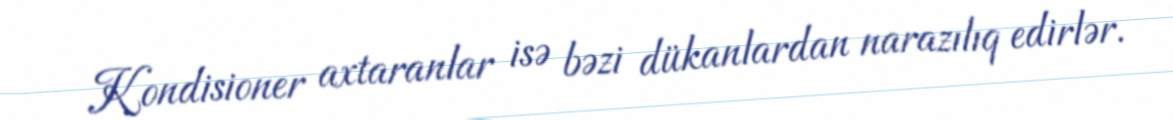
Kondisioner axtaranlar isə bəzi dükanlardan narazılıq edirlər.